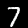
Label: 7